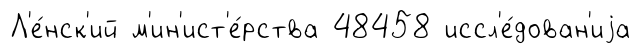
Л'е́нск'ий м'ин'ист'е́рства 48458 иссл'е́дован'иjа